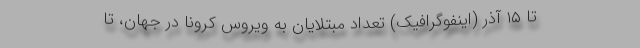
تا ۱۵ آذر (اینفوگرافیک) تعداد مبتلایان به ویروس کرونا در جهان، تا